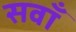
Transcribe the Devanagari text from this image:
सवाँ